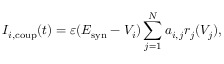
I _ { i , \mathrm { c o u p } } ( t ) = \varepsilon ( E _ { \mathrm { s y n } } - V _ { i } ) \sum _ { j = 1 } ^ { N } a _ { i , j } r _ { j } ( V _ { j } ) ,